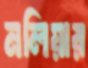
নলিয়ার